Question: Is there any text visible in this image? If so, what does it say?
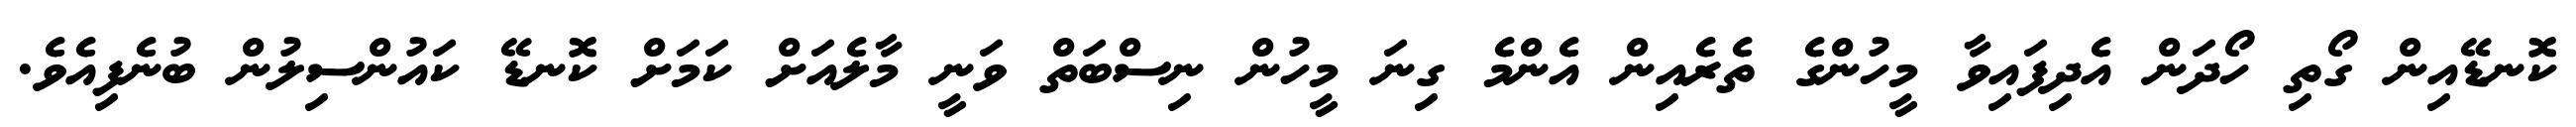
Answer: ކޮނޑޭއިން ގޯތި ހޯދަން އެދިފައިވާ މީހުންގެ ތެރެއިން އެންމެ ގިނަ މީހުން ނިސްބަތް ވަނީ މާލެއަށް ކަމަށް ކޮނޑޭ ކައުންސިލުން ބުނެފިއެވެ.